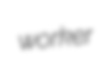
worker